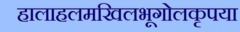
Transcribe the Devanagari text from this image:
हालाहलमखिलभूगोलकृपया